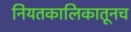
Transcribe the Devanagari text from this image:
नियतकालिकातूनच